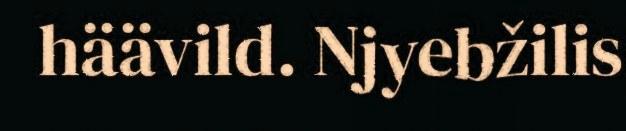
häävild. Njyebžilis